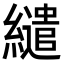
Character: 繾